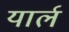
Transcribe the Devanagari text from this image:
यार्ल